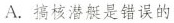
A.搞核潜艇是错误的